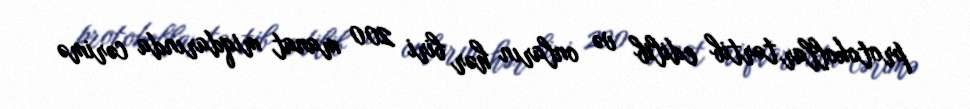
protokollar tərtib edilib və onların hər biri 200 manat miqdarında cərimə